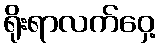
ရိုးရာလက်ဝှေ့